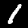
Label: 1